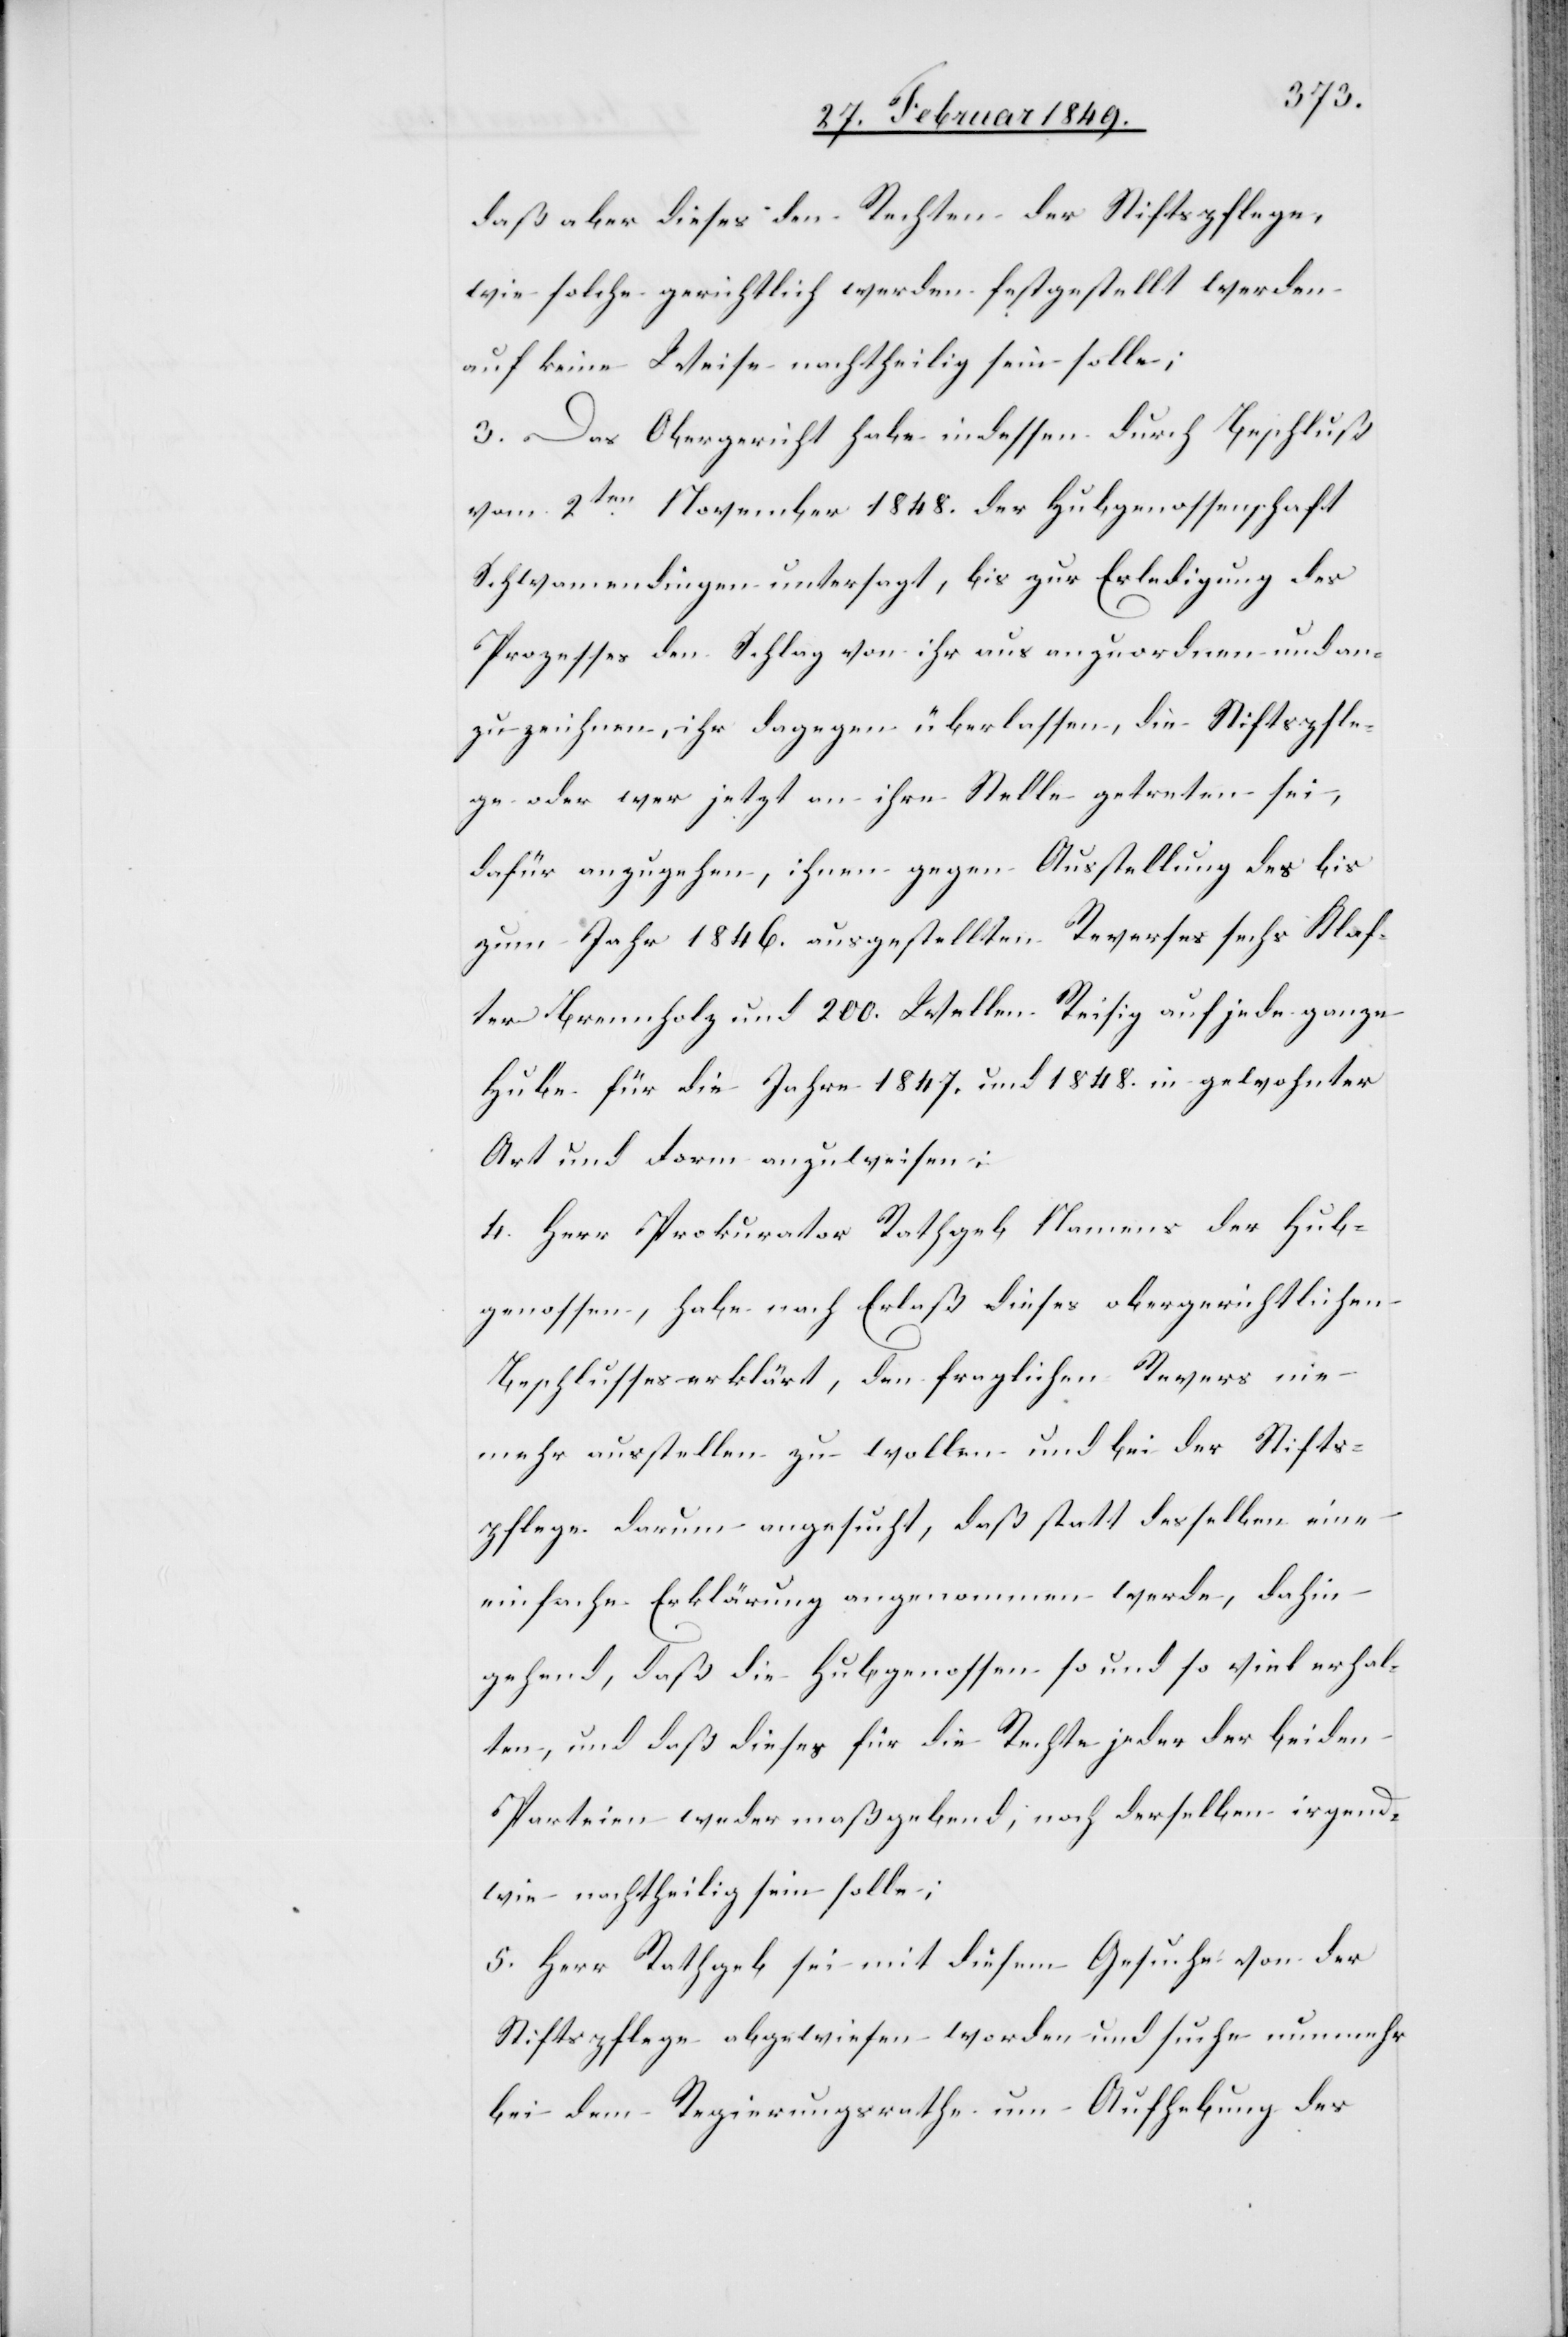
daß aber dieses den Rechten der Stiftspflege,
wie solche gerichtlich werden festgestellt werden
auf keine Weise nachtheilig sein solle;
3. Das Obergericht habe indessen durch Beschluß
vom 2ten. November 1848. der Hubgenossenschaft
Schwamendingen untersagt, bis zur Erledigung des
Prozesses den Schlag von ihr aus anzuordnen und an¬
zuzeichnen, ihr dagegen überlassen, die Stiftspfle¬
ge oder wer jetzt an ihre Stelle getreten sei,
dafür anzugeben, ihnen gegen Ausstellung des bis
zum Jahr 1846. ausgestellten Reverses sechs Klaf¬
ter Brennholz und 200. Wellen Reisig auf jede ganze
Hube für die Jahre 1847. und 1848. in gewohnter
Art und Form anzuweisen.
4. Herr Prokurator Rathgeb namens der Hub¬
genossen, habe nach Erlaß dieses obergerichtlichen
Beschlusses erklärt, den fraglichen Revers nie
mehr ausstellen zu wollen und bei der Stifts¬
pflege darum angesucht, daß statt desselben eine
einfache Erklärung angenommen werde, dahin
gehend, daß die Hubgenossen so und so viel erhal¬
ten, und daß dieses für die Rechte jeder der beiden
Parteien weder maßgebend, noch derselben irgend¬
wie nachtheilig sein solle;
5. Herr Rathgeb sei mit diesem Gesuche von der
Stiftspflege abgewiesen worden und suche nunmehr
bei dem Regierungsrathe um Aufhebung des